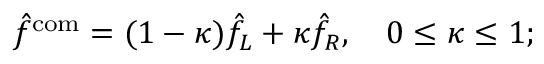
\hat { f } ^ { \mathrm { c o m } } = ( 1 - \kappa ) \hat { f } _ { L } + \kappa \hat { f } _ { R } , \quad 0 \leq \kappa \leq 1 ;